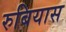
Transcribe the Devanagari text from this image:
रुबियास